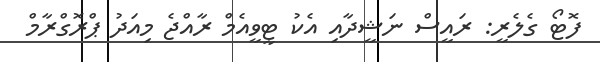
ފޮޓޯ ގެލެރީ: ރައީސް ނަޝީދާއި އެކު ޓީވީއެމް ރާއްޖެ މިއަދު ޕްރޮގްރާމް